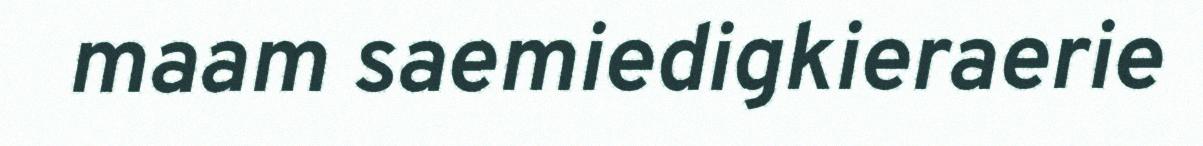
maam saemiedigkieraerie